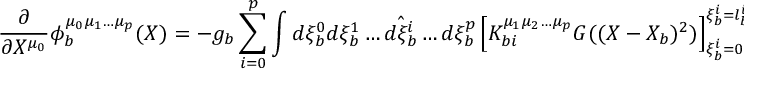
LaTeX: \frac { \partial } { \partial X ^ { \mu _ { 0 } } } \phi _ { b } ^ { \mu _ { 0 } \mu _ { 1 } \ldots \mu _ { p } } ( X ) = - g _ { b } \sum _ { i = 0 } ^ { p } \int d \xi _ { b } ^ { 0 } d \xi _ { b } ^ { 1 } \ldots \hat { d \xi _ { b } ^ { i } } \ldots d \xi _ { b } ^ { p } \left[ K _ { b i } ^ { \mu _ { 1 } \mu _ { 2 } \ldots \mu _ { p } } G ( ( X - X _ { b } ) ^ { 2 } ) \right] _ { \xi _ { b } ^ { i } = 0 } ^ { \xi _ { b } ^ { i } = l _ { b } ^ { i } } .